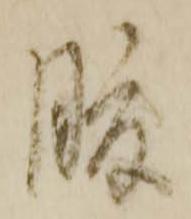
腹